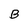
Character: B